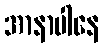
အာနာပါနေ